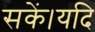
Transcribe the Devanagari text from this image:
सकें।यदि